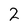
Character: 2